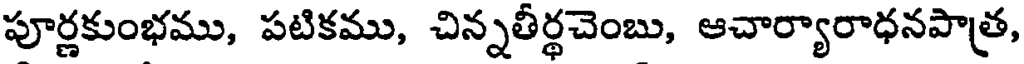
పూర్ణకుంభము, పటికము, చిన్నతీర్థచెంబు, ఆచార్యారాధనపాత్ర,